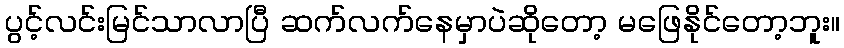
ပွင့်လင်းမြင်သာလာပြီ ဆက်လက်နေမှာပဲဆိုတော့ မဖြေနိုင်တော့ဘူး။